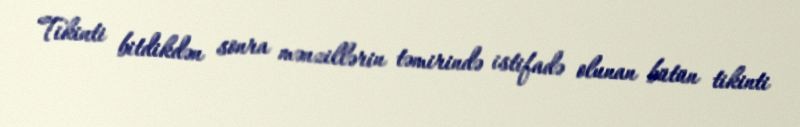
Tikinti bitdikdən sonra mənzillərin təmirində istifadə olunan bütün tikinti